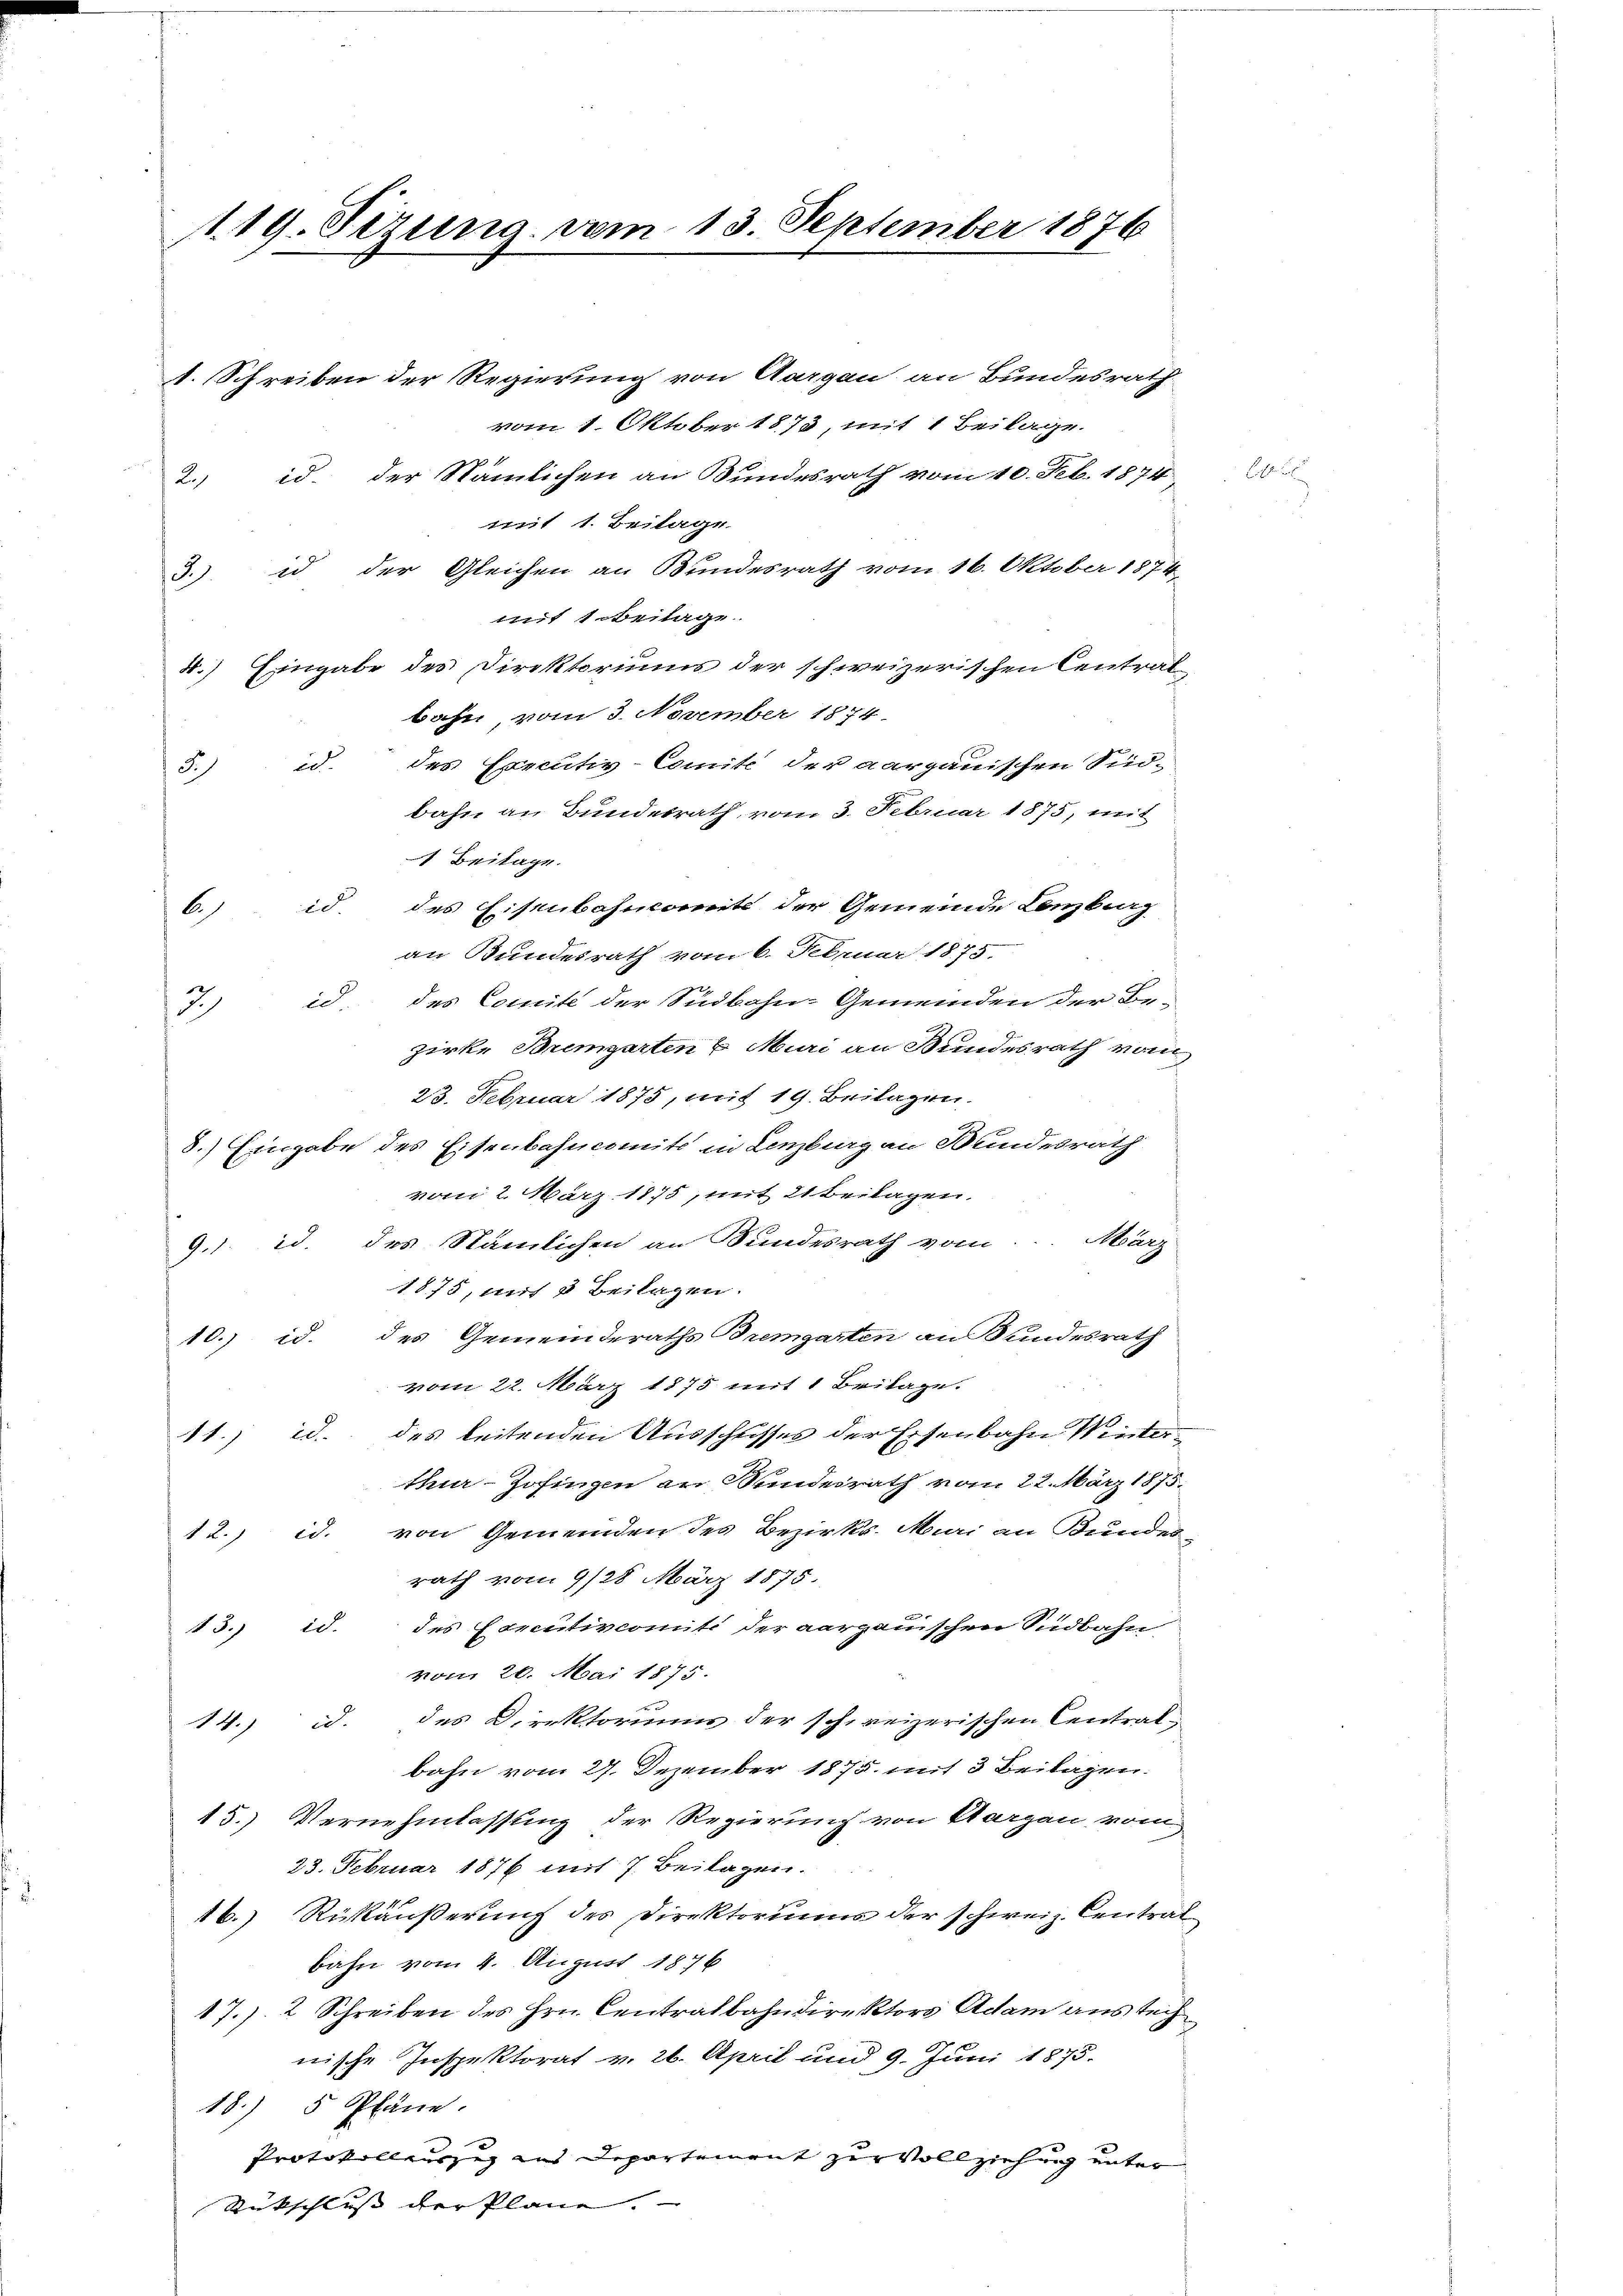
119. Sizung vom 13. September 1876

1. Schreiben der Regierung von Aargau an Bundesrath
vom 1. Oktober 1873, mit 1 Beilage.
2. d. der Nämlichen an Bundesrath vom 10. Feb. 1874
mit 1. Beilage
8) id der Gleichen an Bundesrath vom 16. Oktober 1874
mit 1. Beilage
4.) Eingabe des Direktoriums der schweizerischen Central-
bahn, vom 3. November 1874
des Executiv-Comite der aargauischen Sidin
3.)
bahn an Bundesrath vom 3. Februar 1875, mit
 Beilage.
id. des Eisenbahncomite der Gemeinde Lenzburg
6)
an Bundesrath vom 6. Februar 1875.
id, des Comite der Südbahn-Gemeinden der Be-
3
zirke Bremgarten & Muri an Bundesrath vom
23. Februar 1875, mit 19. Beilagen.
8.) Eingabe des Eisenbahncomite in Lenzburg an Bundesrath
vom 2. März 1875, mit 21 Beilagen.
9.1. d. des Stämlichen an Bundesrath vom März
1875, mit 3 Beilagen.
10.) id. des Gemeinderaths Bremgarten an Handesrath
vom 22. März 1875 mit 1 Britage.
11. d. des leitenden Ausschusses der Eisenbahn Winterthur–Zofingen an Bundesrath vom 22. März 1875.
12.) id. von Gemeinden des Bezirks-Mari an Bundes-
rath vom 9/28. März 1875.
des Concutivcomité der aargauischen Südbahn
13. d.
vom 20. Mai 1875.
14.) d. des Direktoriums der schweizerischen Central-
bahn vom 27. Dezember 1875. mit 3 Beilagen.
15.) Vernehmlassung der Regierung von Aargau vom
23. Februar 1876 mit 7. Beilagen.
16.) Rückäußerung des Direktoriums der schweiz. Centrat
bahn vom 4. August 1876
17./. 2 Schreiben des Hrn. Centralbahndirektors Adam aus tei
nische Inspektorat v. 26. April und 9. Juni 1875.
18.) 5 Pläne.
Protokollauszer ins Departement zur Vollziehung unter
Rückschluss der Plane.